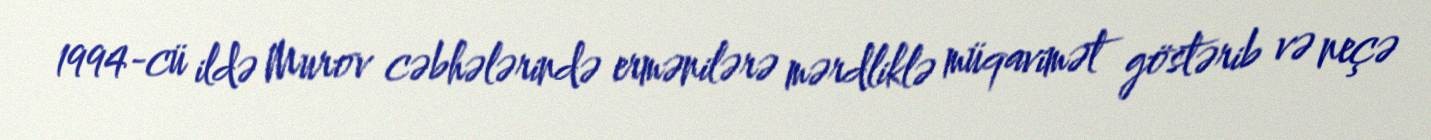
1994-cü ildə Murov cəbhələrində ermənilərə mərdliklə müqavimət göstərib və neçə